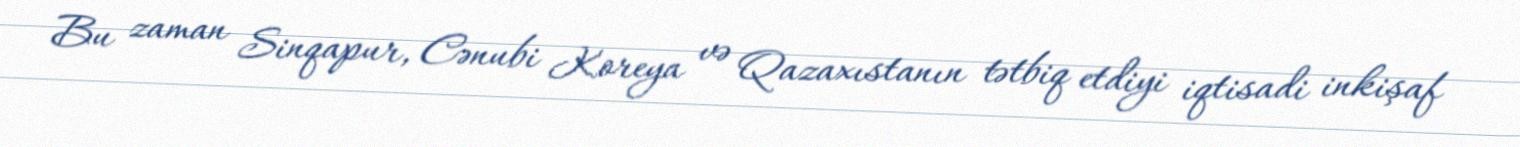
Bu zaman Sinqapur, Cənubi Koreya və Qazaxıstanın tətbiq etdiyi iqtisadi inkişaf